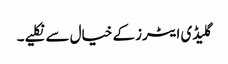
گلیڈی ایٹرز کے خیال سے نکلیے۔